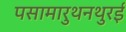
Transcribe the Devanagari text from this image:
पसामारुथनथुरई